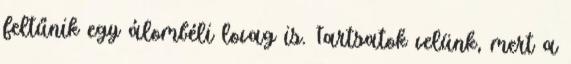
feltűnik egy álombéli lovag is. Tartsatok velünk, mert a